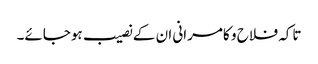
تاکہ فلاح و کامرانی ان کے نصیب ہوجائے۔